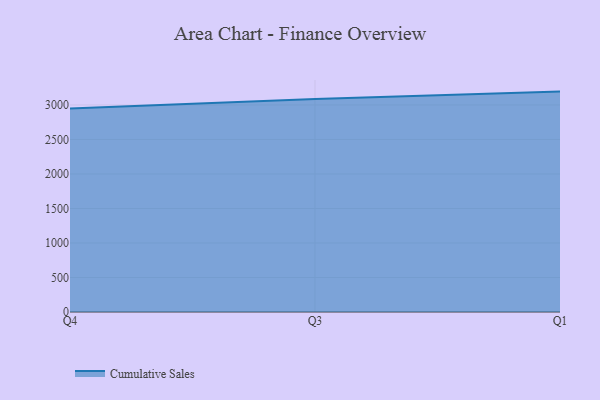
{"axis": {"x": "Quarter", "y": "Inventory Turnover"}, "legend": ["Cumulative Sales"], "data": [{"x": "Q4", "y": 2950.1, "type": "Cumulative Sales"}, {"x": "Q3", "y": 3087.6, "type": "Cumulative Sales"}, {"x": "Q1", "y": 3193.4, "type": "Cumulative Sales"}]}